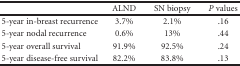
<table><thead><tr><td></td><td><b>ALND</b></td><td><b>SN biopsy</b></td><td><b><i>P</i> values</b></td></tr></thead><tbody><tr><td>5-year in-breast recurrence</td><td>3.7%</td><td>2.1%</td><td>.16</td></tr><tr><td>5-year nodal recurrence</td><td>0.6%</td><td>13%</td><td>.44</td></tr><tr><td>5-year overall survival</td><td>91.9%</td><td>92.5%</td><td>.24</td></tr><tr><td>5-year disease-free survival</td><td>82.2%</td><td>83.8%</td><td>.13</td></tr></tbody></table>